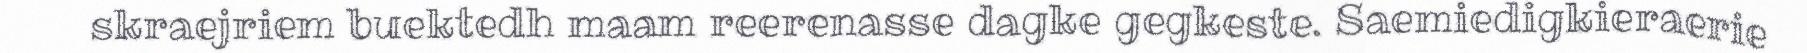
skraejriem buektedh maam reerenasse dagke gegkeste. Saemiedigkieraerie